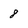
Character: 8